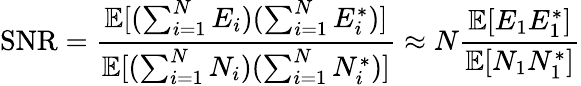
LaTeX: \mathrm{SNR}=\frac{\mathbb{E}[(\sum_{i=1}^{N}E_{i})(\sum_{i=1}^{N}E_{i}^{*})]}{\mathbb{E}[(\sum_{i=1}^{N}N_{i})(\sum_{i=1}^{N}N_{i}^{*})]}\approx N\frac{\mathbb{E}[E_{1}E_{1}^{*}]}{\mathbb{E}[N_{1}N_{1}^{*}]}